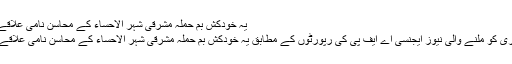
یہ خودکش بم حملہ مشرقی شہر الاحساء کے محاسن نامی علاقے میں آج جمعے کی نماز کے وقت کیا گیا
سعودی دارالحکومت ریاض سے 29 جنوری کو ملنے والی نیوز ایجنسی اے ایف پی کی رپورٹوں کے مطابق یہ خودکش بم حملہ مشرقی شہر الاحساء کے محاسن نامی علاقے میں آج جمعے کی نماز کے وقت کیا گیا۔